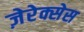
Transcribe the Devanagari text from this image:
ज़ेरेक्सेस